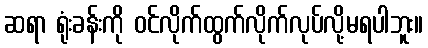
ဆရာ ရုံးခန်းကို ဝင်လိုက်ထွက်လိုက်လုပ်လို့မရပါဘူး။